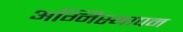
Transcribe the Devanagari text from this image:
अग्निस्थापन